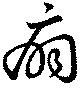
扇